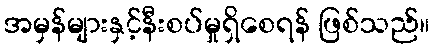
အမှန်များနှင့်နီးစပ်မှုရှိစေရန် ဖြစ်သည်။